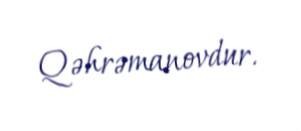
Qəhrəmanovdur.